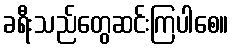
ခရီးသည်တွေဆင်းကြပါစေ။